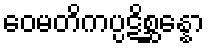
ဝေမတိကပ္ပဋိစ္ဆန္နော